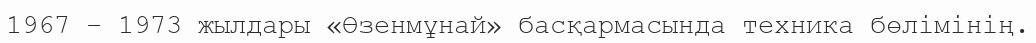
1967 – 1973 жылдары «Өзенмұнай» басқармасында техника бөлімінің.